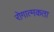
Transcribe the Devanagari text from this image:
रोगात्मकता